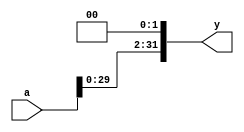
module sl2  (input  [31:0]  a,
             output [31:0]  y);
  // 2
  assign y = {a[29:0], 2'b00};
endmodule